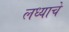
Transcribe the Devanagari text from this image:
लध्याचे